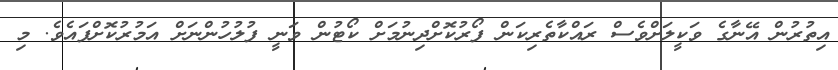
އިތުރުން އޭނާގެ ވަކީލަށްވެސް ރައްކާތެރިކަން ފޯރުކޮށްދިނުމަށް ކޯޓުން ވަނީ ފުލުހުންނަށް އަމުރުކޮށްފައެވެ. މި